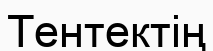
Тентектің